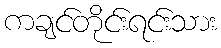
ကချင်တိုင်းရင်းသား